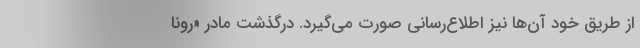
از طریق خود آن‌ها نیز اطلاع‌رسانی صورت می‌گیرد. درگذشت مادر «رونا